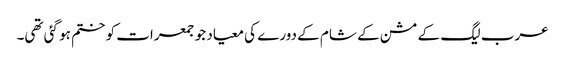
عرب لیگ کے مشن کے شام کے دورے کی معیاد جو جمعرات کو ختم ہو گئی تھی۔